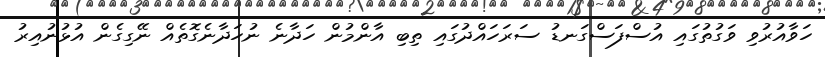
ހަވާއުރުވި ވަގުތުގައި އުސްފަސްގަނޑު ސަރަހައްދުގައި ތިބި އާންމުން ހަދާނެ ނުހަދާނެގޮތެއް ނޭގިގެން އުޅުނުއިރު